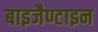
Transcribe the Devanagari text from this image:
बाइजैण्टाइन